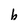
Character: b